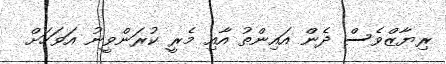
ރިޔާޒްވެސް ދެން އައިންތު އާއި މެރީ ކުރަންވީނު އަވަހަށް